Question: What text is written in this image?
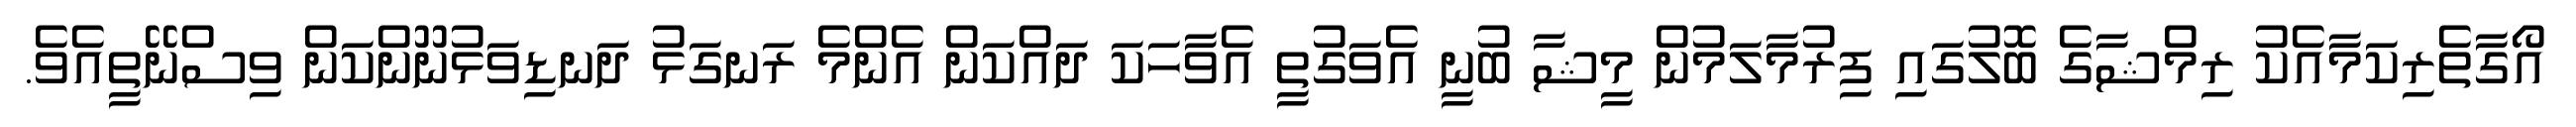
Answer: އޯގާތެރިކަމާއެކު ރިމްޝާގެ ބޮލުގައި ފިރުމާލަމުން މީޝާ ބުނީ އެވަގުތީ އެވާހަކަ ދައްކަން އެންމެ ރަނގަޅު ދަނޑިވަޅުނޫންކަން ވިސްނޭތީއެވެ.